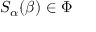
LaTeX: S _ { \alpha } ( \beta ) \in \Phi